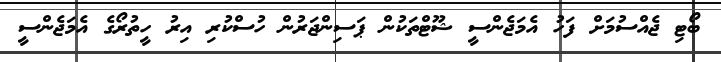
ބޯޓި ޖެއްސުމަށް ފަހު އެމަޖެންސީ ޝޫޓްތަކުން ޕަސިންޖަރުން ހުސްކުރި އިރު ހީތުރޯގެ އެމަޖެންސީ